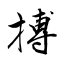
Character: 搏